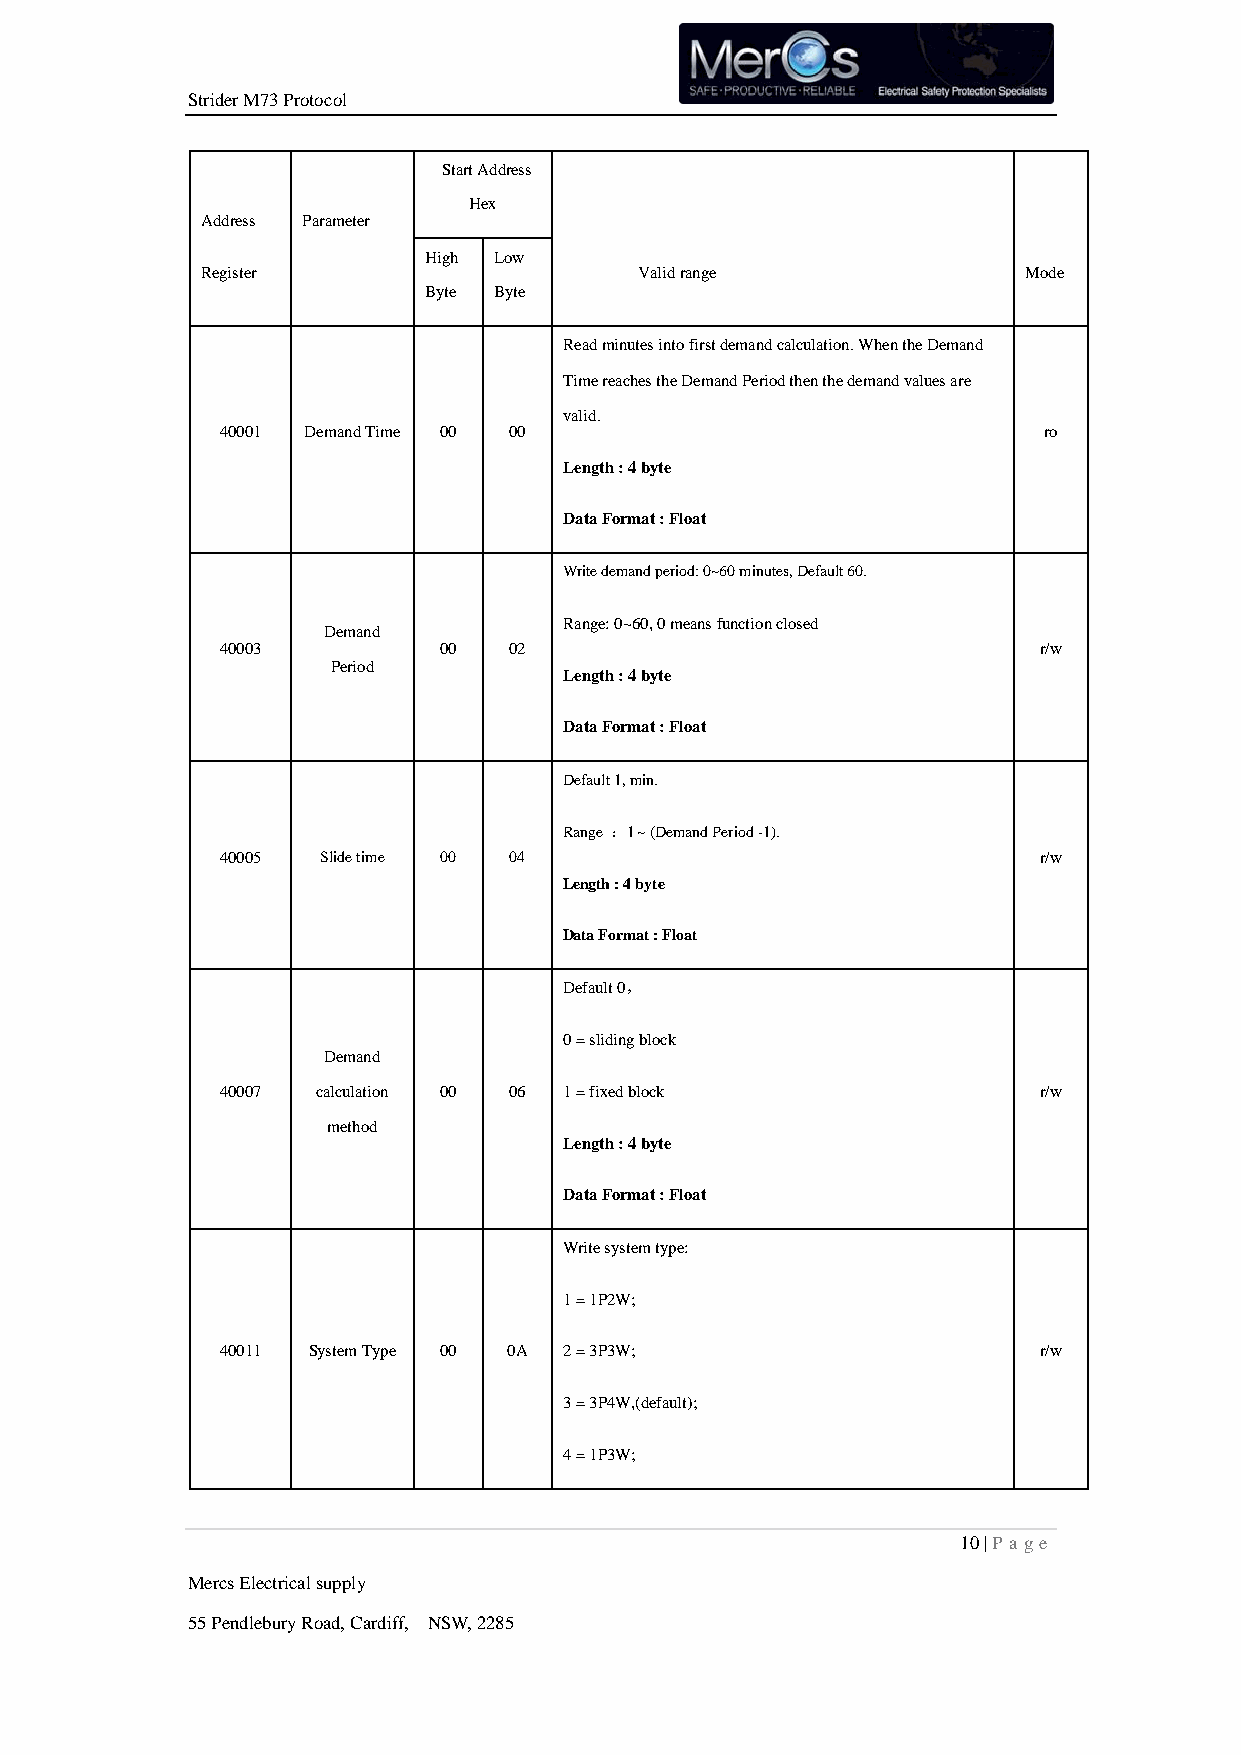
Strider M73 Protocol
 Start Address
 Hex
 Address Parameter
 High Low
 Register                     Valid range               Mode
 Byte Byte
 Read minutes into first demand calculation. When the Demand
 Time reaches the Demand Period then the demand values are
 valid.
 40001 Demand Time 00 00                               ro
 Length : 4 byte
 Data Format : Float
 Write demand period: 0~60 minutes, Default 60.
 Range: 0~60, 0 means function closed
 Demand
 40003         00   02                                 r/w
 Period
 Length : 4 byte
 Data Format : Float
 Default 1, min.
 Range ：1 ~ (Demand Period -1).
 40005 Slide time 00 04                                r/w
 Length : 4 byte
 Data Format : Float
 Default 0，
 0 = sliding block
 Demand
 40007 calculation 00 06 1 = fixed block               r/w
 method
 Length : 4 byte
 Data Format : Float
 Write system type:
 1 = 1P2W;
 40011 System Type 00 0A 2 = 3P3W;                     r/w
 3 = 3P4W,(default);
 4 = 1P3W;
 10 | P age
 Mercs Electrical supply
 55 Pendlebury Road, Cardiff, NSW, 2285